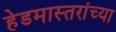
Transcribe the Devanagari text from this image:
हेडमास्तरांच्या